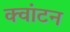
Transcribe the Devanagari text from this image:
क्वांटन